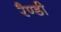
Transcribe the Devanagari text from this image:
रैण्डी